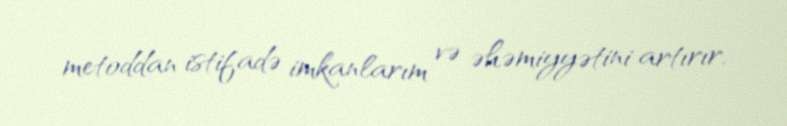
metoddan istifadə imkanlarım və əhəmiyyətini artırır.